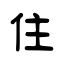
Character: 住